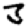
Digit: 3